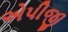
એપીજી